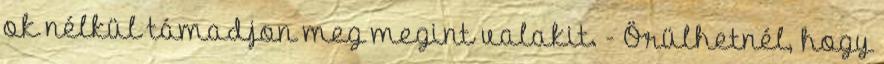
ok nélkül támadjon meg megint valakit. - Örülhetnél, hogy